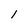
Character: 1